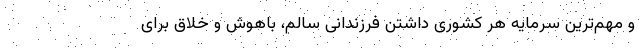
و مهم‌ترین سرمایه هر کشوری داشتن فرزندانی سالم، باهوش و خلاق برای